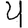
Digit: 4